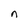
Character: n